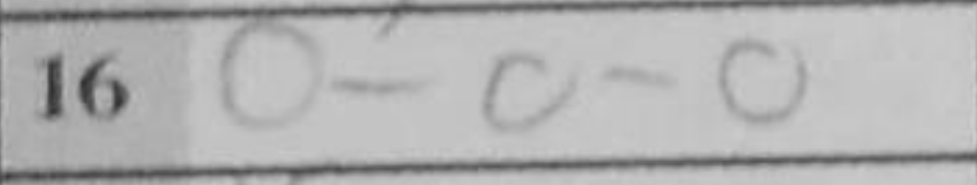
Transcription: O-O-O